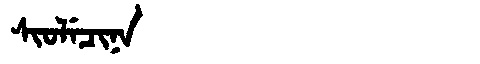
Manchu: ᠰᡳᠣᠯᡝᠴᡳᠨᠠ
Romanization: SIOLECINA